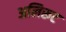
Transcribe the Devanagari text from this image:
अलिरूट